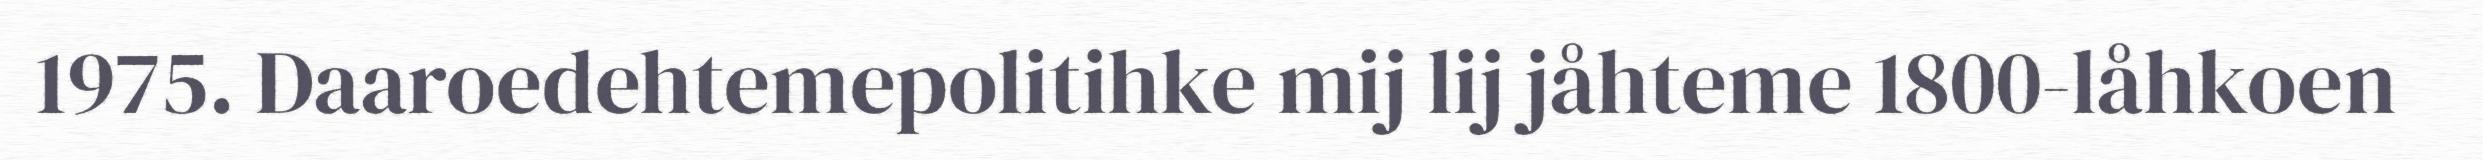
1975. Daaroedehtemepolitihke mij lij jåhteme 1800-låhkoen